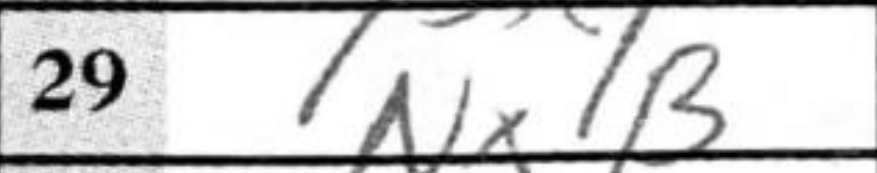
Transcription: NxB